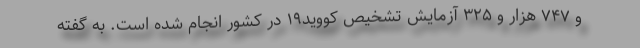
و ۷۴۷ هزار و ۳۲۵ آزمایش تشخیص کووید۱۹ در کشور انجام شده است. به گفته